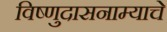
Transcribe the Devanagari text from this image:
विष्णुदासनाम्याचे